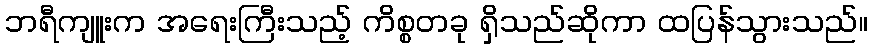
ဘရီကျူးက အရေးကြီးသည့် ကိစ္စတခု ရှိသည်ဆိုကာ ထပြန်သွားသည်။